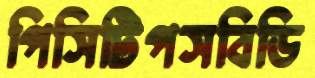
পিসিটিপসবিডি